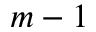
m - 1